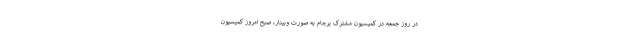
در روز جمعه در کمیسیون مشترک برجام به صورت وبینار، صبح امروز کمیسیون